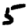
Digit: 5